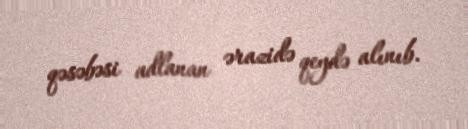
qəsəbəsi adlanan ərazidə qeydə alınıb.